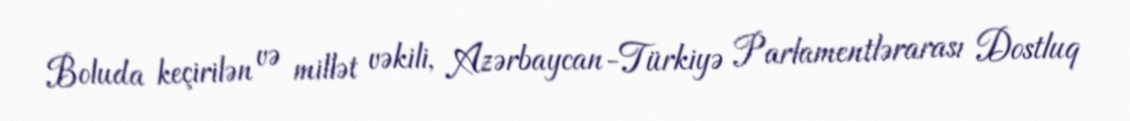
Boluda keçirilən və millət vəkili, Azərbaycan-Türkiyə Parlamentlərarası Dostluq